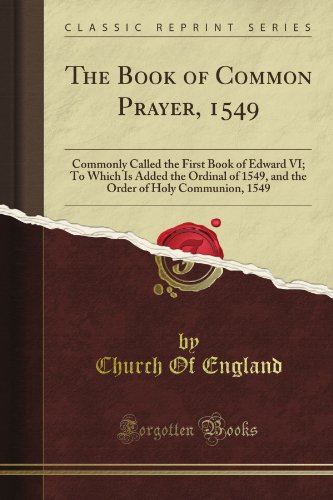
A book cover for The Book of Common Prayer, 1549: Commonly Called the First Book of Edward VI; To Which Is Added the Ordinal of 1549, and the Order of Holy Communion, 1549 (Classic Reprint); Church Of England; Christian Books & Bibles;